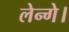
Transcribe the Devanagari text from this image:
लेन्गे।